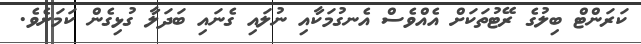
ކަރަންޓް ބިލުގެ ރޭޓުތަކަށް އެއްވެސް އެނގުމަކާއި ނުލައި ގެނައި ބަދަލާ ގުޅިގެން ކަމަށެވެ.